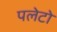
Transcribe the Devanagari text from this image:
पलेटो